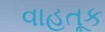
વાહતૂક